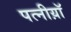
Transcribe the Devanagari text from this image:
पत्नीय़ॉ